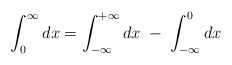
\begin{align*}\int_{0}^{\infty}dx=\int_{-\infty}^{+\infty}dx\;-\;\int_{-\infty}^{0}dx\end{align*}